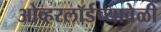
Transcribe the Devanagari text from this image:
ओव्हरलॉर्डच्यावेळी